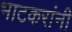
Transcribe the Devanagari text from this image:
भाटकरांनी